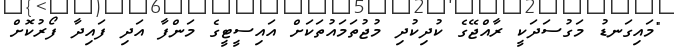
"މައިގަނޑު މަގުސަދަކީ ރާއްޖޭގެ ކުދިކުދި މުޖުތަމައުތަކަށް އައިސީޓީގެ މަންފާ އަދި ފައިދާ ފޯރުކޮށް